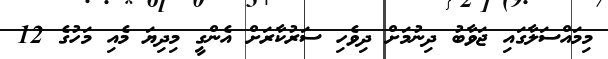
މިމައްސަލާގައި ޖަވާބު ދިނުމަށް ދިވެހި ސަރުކާރަށް އެންގީ މިދިޔަ މެއި މަހުގެ 12